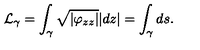
{ \cal L } _ { \gamma } = \int _ { \gamma } \sqrt { | \varphi _ { z z } | } | d z | = \int _ { \gamma } d s .